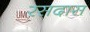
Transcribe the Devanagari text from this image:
रसदास